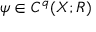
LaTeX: \psi \in C ^ { q } ( X ; R )